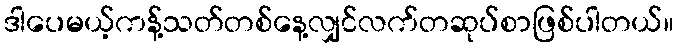
ဒါပေမယ့်ကန့်သတ်တစ်နေ့လျှင်လက်တဆုပ်စာဖြစ်ပါတယ်။